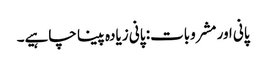
پانی اور مشروبات: پانی زیادہ پینا چاہیے۔